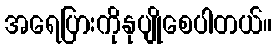
အရေပြားကိုနုပျိုစေပါတယ်။